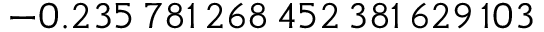
- 0 . 2 3 5 \, 7 8 1 \, 2 6 8 \, 4 5 2 \, 3 8 1 \, 6 2 9 \, 1 0 3